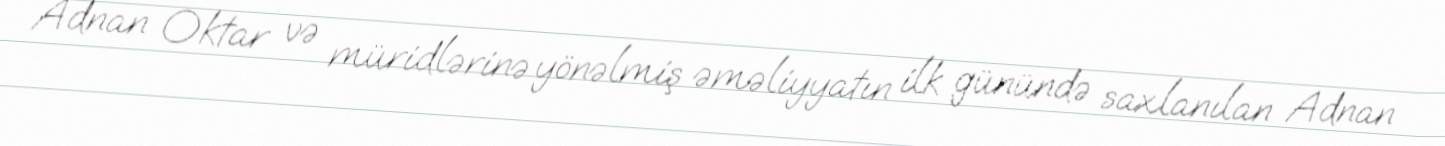
Adnan Oktar və müridlərinə yönəlmiş əməliyyatın ilk günündə saxlanılan Adnan